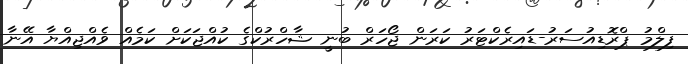
ފިލްމު ޕްރޮޑިއުސަރު-ޑައިރެކްޓަރު ކަރަން ޖޯހަރް ބުނީ ޝާހްރުކްގެ ކުއްޖަކަށް ކަމެއް ވެއްޖިއްޔާ އޭނާ